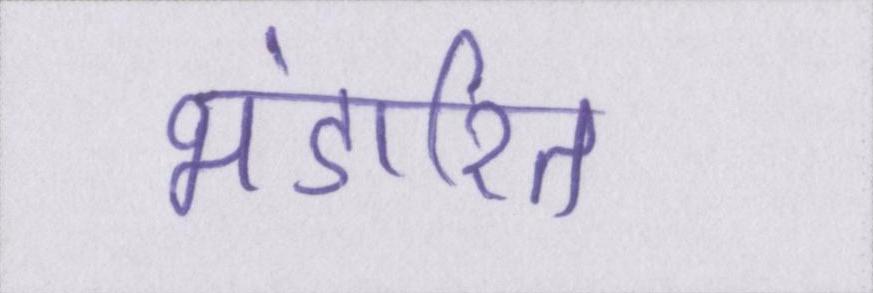
भंडारित